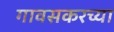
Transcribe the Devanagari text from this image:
गावसकरच्या